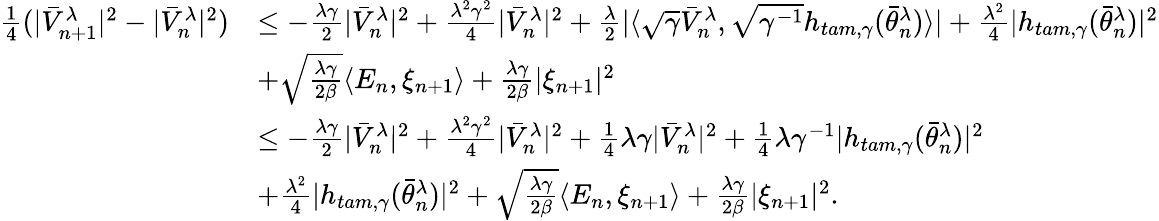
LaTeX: \begin{array}{rl}{\frac{1}{4}(|\bar{V}_{n+1}^{\lambda}|^{2}-|\bar{V}_{n}^{\lambda}|^{2})}&{\leq-\frac{\lambda\gamma}{2}|\bar{V}_{n}^{\lambda}|^{2}+\frac{\lambda^{2}\gamma^{2}}{4}|\bar{V}_{n}^{\lambda}|^{2}+\frac{\lambda}{2}|\langle\sqrt{\gamma}\bar{V}_{n}^{\lambda},\sqrt{\gamma^{-1}}h_{tam,\gamma}(\bar{\theta}_{n}^{\lambda})\rangle|+\frac{\lambda^{2}}{4}|h_{tam,\gamma}(\bar{\theta}_{n}^{\lambda})|^{2}}\\ &{+\sqrt{\frac{\lambda\gamma}{2\beta}}\langle E_{n},\xi_{n+1}\rangle+\frac{\lambda\gamma}{2\beta}|\xi_{n+1}|^{2}}\\ &{\leq-\frac{\lambda\gamma}{2}|\bar{V}_{n}^{\lambda}|^{2}+\frac{\lambda^{2}\gamma^{2}}{4}|\bar{V}_{n}^{\lambda}|^{2}+\frac{1}{4}\lambda\gamma|\bar{V}_{n}^{\lambda}|^{2}+\frac{1}{4}\lambda\gamma^{-1}|h_{tam,\gamma}(\bar{\theta}_{n}^{\lambda})|^{2}}\\ &{+\frac{\lambda^{2}}{4}|h_{tam,\gamma}(\bar{\theta}_{n}^{\lambda})|^{2}+\sqrt{\frac{\lambda\gamma}{2\beta}}\langle E_{n},\xi_{n+1}\rangle+\frac{\lambda\gamma}{2\beta}|\xi_{n+1}|^{2}.}\end{array}